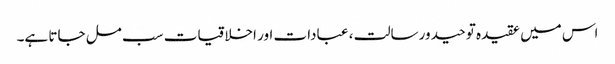
اس میں عقیدہ توحید ورسالت ، عبادات اور اخلاقیات سب مل جاتا ہے۔